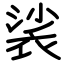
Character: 裟